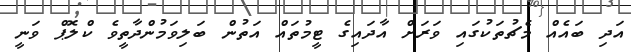
އަދި ބައެއް މެޗުތަކުގައި ވަރަށް އާދައިގެ ޓީމުތައް އަތުން ބަލިވަމުންދާތީވެ ކްލޮޕް ވަނީ